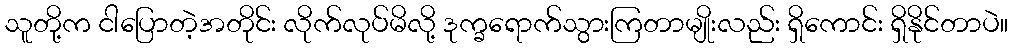
သူတို့က ငါပြောတဲ့အတိုင်း လိုက်လုပ်မိလို့ ဒုက္ခရောက်သွားကြတာမျိုးလည်း ရှိကောင်း ရှိနိုင်တာပဲ။